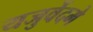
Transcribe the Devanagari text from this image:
यजुर्वेदमे